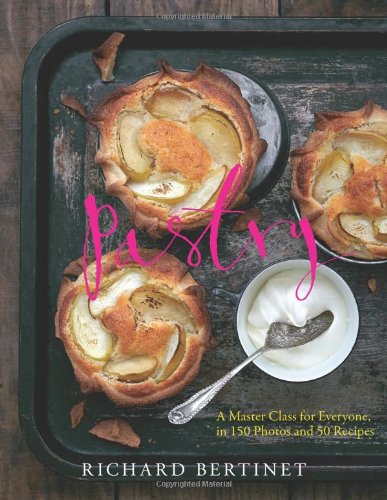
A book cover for Pastry: A Master Class for Everyone, in 150 Photos and 50 Recipes; Richard Bertinet; Cookbooks, Food & Wine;